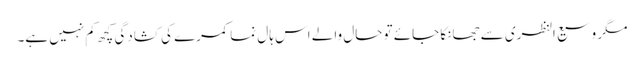
مگر وسیع النظری سے جھانکا جائے تو حال والے اس ہال نما کمرے کی کشادگی کچھ کم نہیں ہے۔